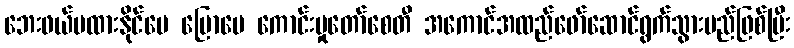
ဘေးဖယ်မထားနိုင်ပေ ပြောပေ ကောင်းမှုတော်စေတီ အကောင်အထည်ဖော်ဆောင်ရွက်သွားမည်ဖြစ်ပြီး